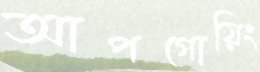
আপগোয়িং